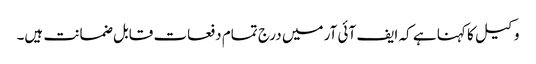
وکیل کا کہنا ہے کہ ایف آئی آر میں درج تمام دفعات قابل ضمانت ہیں۔